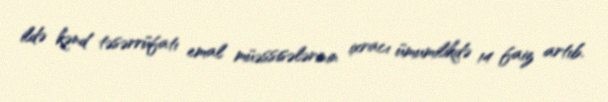
ildə kənd təsərrüfatı emal müəssisələrinin ixracı ümumilikdə 14 faiz artıb.